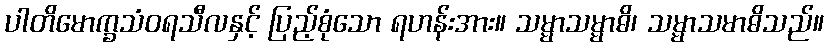
ပါတိမောက္ခသံဝရသီလနှင့် ပြည့်စုံသော ရဟန်းအား။ သမ္မာသမ္မာဓိ၊ သမ္မာသမာဓိသည်။